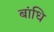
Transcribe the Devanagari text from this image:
बांधि